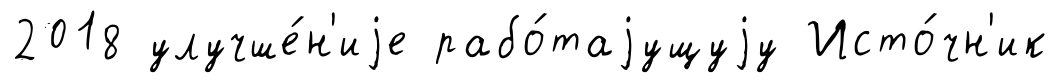
2018 улучше́н'иjе рабо́таjущуjу Исто́чн'ик